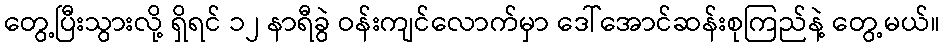
တွေ့ပြီးသွားလို့ ရှိရင် ၁၂ နာရီခွဲ ဝန်းကျင်လောက်မှာ ဒေါ်အောင်ဆန်းစုကြည်နဲ့ တွေ့မယ်။